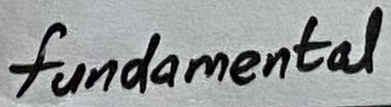
Text: fundamental